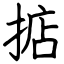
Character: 掂